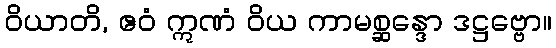
ဝိယာတိ, ဧဝံ ဣဏံ ဝိယ ကာမစ္ဆန္ဒော ဒဋ္ဌဗ္ဗော။